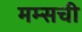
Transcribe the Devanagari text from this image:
मम्सची